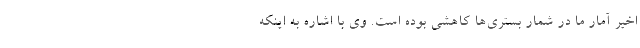
اخیر آمار ما در شمار بستری‌ها کاهشی بوده است. وی با اشاره به اینکه